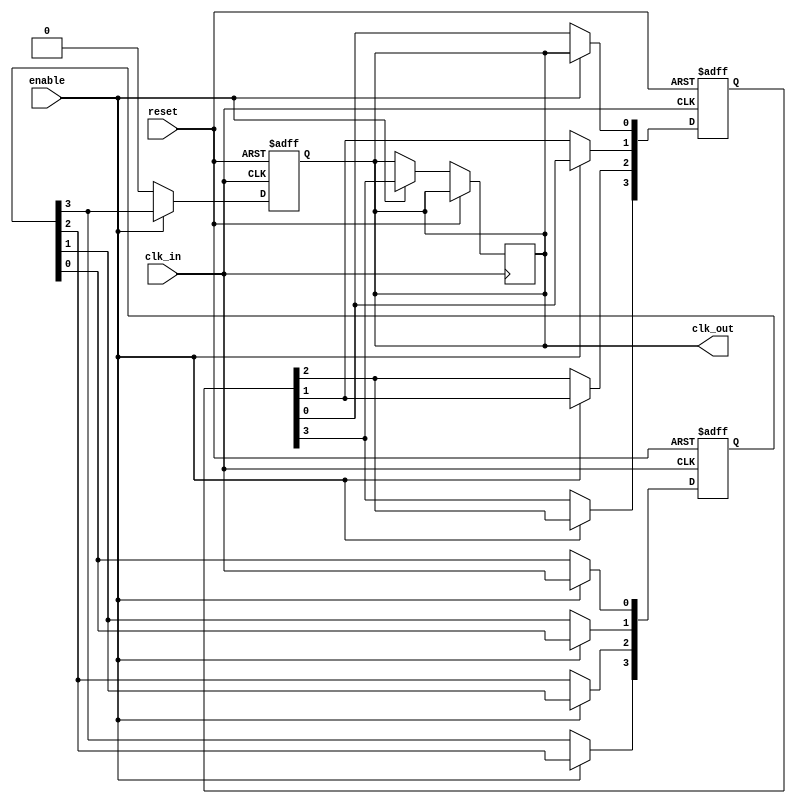
module skew_optimized_clock_buffer (
    input wire clk_in,           // Input clock signal
    output reg clk_out,         // Buffered output clock signal
    input wire enable,          // Control signal to enable/disable the clock buffer
    input wire reset            // Asynchronous reset signal
);

// Parameters for delay tuning (can be adjusted as needed)
parameter DELAY_STAGES = 4;  // Number of delay stages
parameter DELAY_UNIT = 1;     // Delay unit (in time units)

// Internal signals
reg [DELAY_STAGES-1:0] delay_line; // Delay line for skew adjustment
reg [DELAY_STAGES-1:0] clk_buffer;  // Buffer stages
integer i;

// Asynchronous reset and enable control
always @(posedge clk_in or posedge reset) begin
    if (reset) begin
        clk_out <= 1'b0; // Reset output clock
        delay_line <= 0; // Reset delay line
    end else if (enable) begin
        // Shift the clock signal through the delay line
        delay_line[0] <= clk_in; // First stage
        for (i = 1; i < DELAY_STAGES; i = i + 1) begin
            delay_line[i] <= delay_line[i-1]; // Shift register behavior
        end
        clk_out <= delay_line[DELAY_STAGES-1]; // Output from the last delay stage
    end else begin
        clk_out <= 1'b0; // Disable output clock when not enabled
    end
end

// Power management: Disable clock buffer in idle state
always @(posedge clk_in or posedge reset) begin
    if (reset) begin
        clk_buffer <= 0; // Reset clock buffer
    end else if (enable) begin
        // Buffering logic for improved signal integrity
        clk_buffer[0] <= clk_out; // First buffer stage
        for (i = 1; i < DELAY_STAGES; i = i + 1) begin
            clk_buffer[i] <= clk_buffer[i-1]; // Shift register behavior
        end
        clk_out <= clk_buffer[DELAY_STAGES-1]; // Output from the last buffer stage
    end
end

endmodule